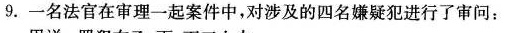
9. 一名法官在审理一起案件中，对涉及的四名嫌疑犯进行了审问：